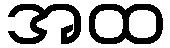
အထ